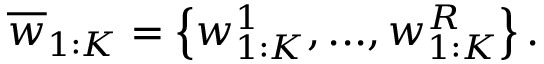
\overline { { w } } _ { 1 : K } = \left\{ w _ { 1 : K } ^ { 1 } , . . . , w _ { 1 : K } ^ { R } \right\} .